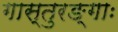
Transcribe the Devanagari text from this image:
गास्तुरङ्गाः